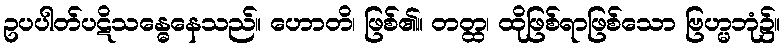
ဥပပါတ်ပဋိသန္ဓေနေသည်။ ဟောတိ၊ ဖြစ်၏။ တတ္ထ၊ ထိုဖြစ်ရာဖြစ်သော ဗြဟ္မဘုံ၌။